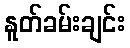
နူတ်ခမ်းချင်း